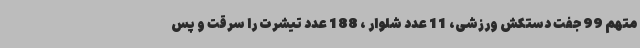
متهم 99 جفت دستکش ورزشی، 11 عدد شلوار ، 188 عدد تیشرت را سرقت و پس